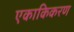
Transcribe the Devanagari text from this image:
एकाकिकरण